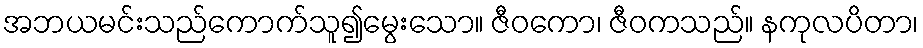
အဘယမင်းသည်ကောက်သူ၍မွေးသော။ ဇီဝကော၊ ဇီဝကသည်။ နကုလပိတာ၊